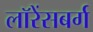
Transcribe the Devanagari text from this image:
लॉरेंसबर्ग